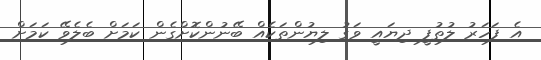
އެ ފަހަރު ލުތުފީ ދިޔައީ ވަގު ލިޔުންތަކެއް ބޭނުންކޮށްގެން ކަމަށް ބެލެވޭ ކަމަށް